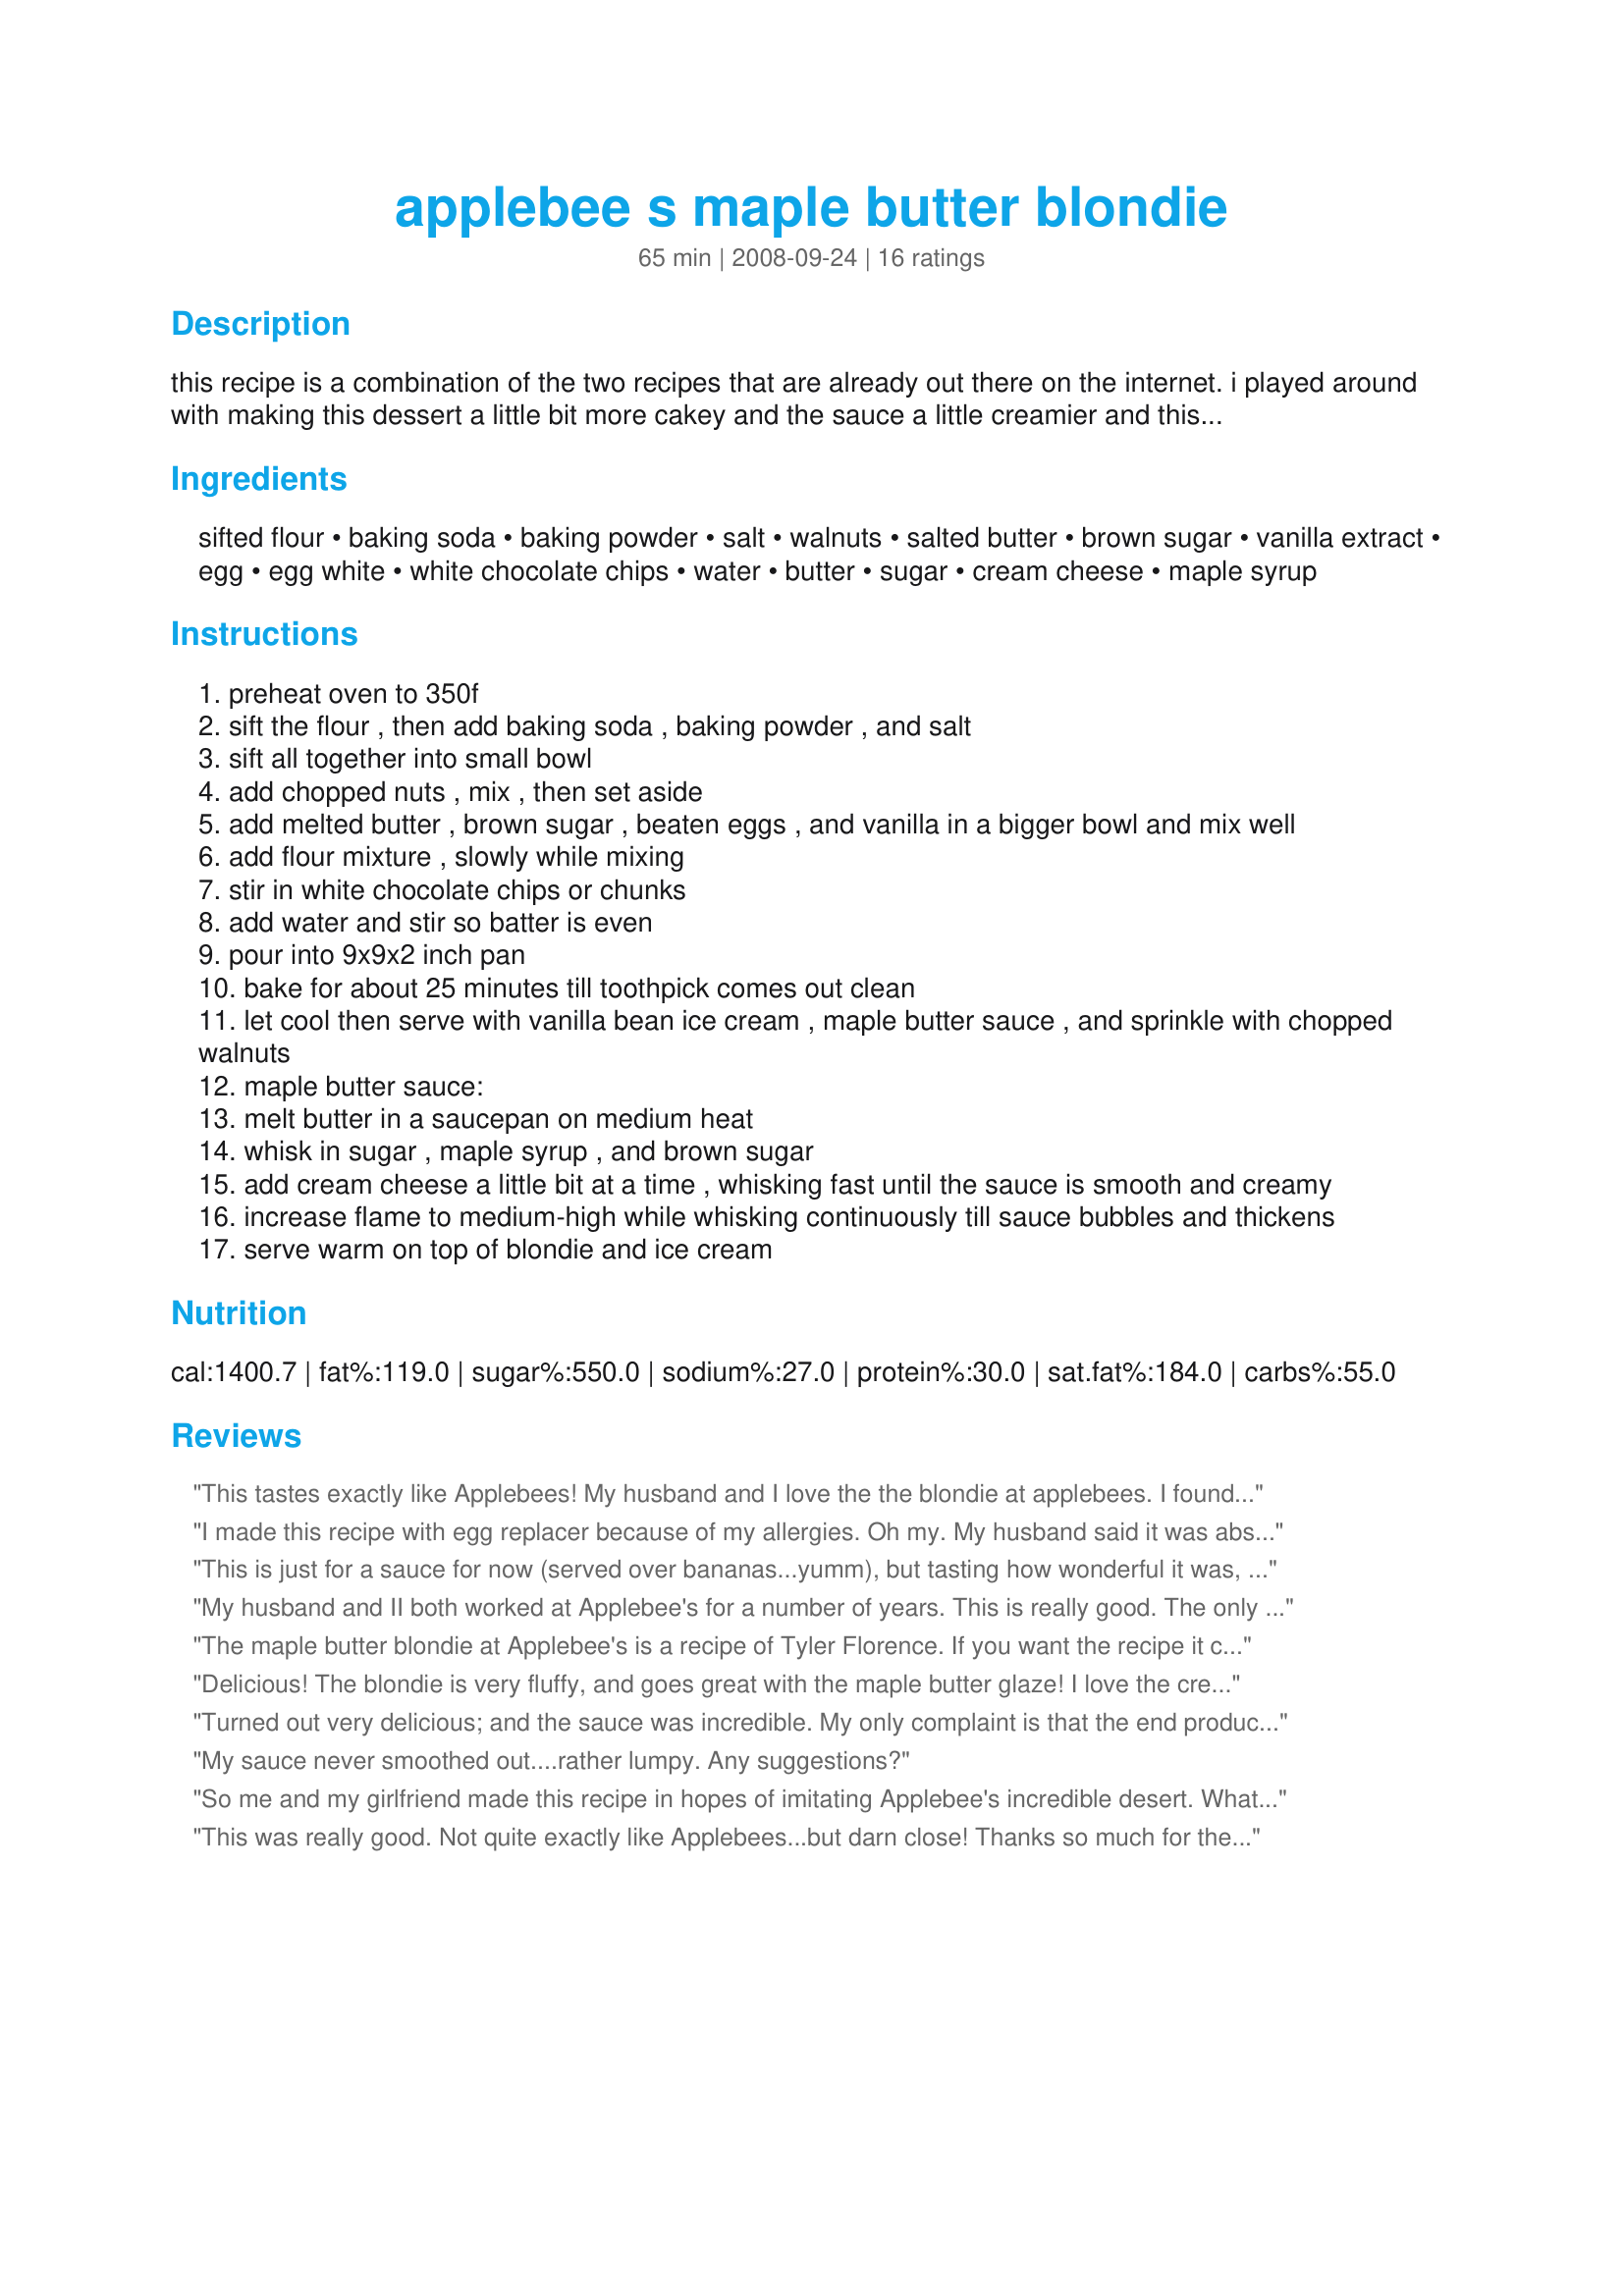
applebee s maple butter blondie
Preparation time: 65 minutes

this recipe is a combination of the two recipes that are already out there on the internet. i played around with making this dessert a little bit more cakey and the sauce a little creamier and this is what i created. (btw, i work at applebees so i am always around the dessert!)

Ingredients:
sifted flour, baking soda, baking powder, salt, walnuts, salted butter, brown sugar, vanilla extract, egg, egg white, white chocolate chips, water, butter, sugar, cream cheese, maple syrup

Steps:
preheat oven to 350f
sift the flour , then add baking soda , baking powder , and salt
sift all together into small bowl
add chopped nuts , mix , then set aside
add melted butter , brown sugar , beaten eggs , and vanilla in a bigger bowl and mix well
add flour mixture , slowly while mixing
stir in white chocolate chips or chunks
add water and stir so batter is even
pour into 9x9x2 inch pan
bake for about 25 minutes till toothpick comes out clean
let cool then serve with vanilla bean ice cream , maple butter sauce , and sprinkle with chopped walnuts
maple butter sauce:
melt butter in a saucepan on medium heat
whisk in sugar , maple syrup , and brown sugar
add cream cheese a little bit at a time , whisking fast until the sauce is smooth and creamy
increase flame to medium-high while whisking continuously till sauce bubbles and thickens
serve warm on top of blondie and ice cream

Reviews:
This tastes exactly like Applebees! My husband and I love the the blondie at applebees. I found this recipe and we have had it twice this week! My husband keeps telling me how much it tastes just like the real thing!:) I cannot say enough good things about this recipe. Perfect!!!!
I made this recipe with egg replacer because of my allergies. Oh my. My husband said it was absolutely addictive. I then had my daughter make it with the egg replacer for a school project (one of her group members is also allergic to eggs). She was getting &quot;mugged&quot; in the hallway by the other sixth graders for the leftovers. It was that good. I used what little sauce I had from both batches and topped an egg-free bundt cake with it. My husband liked that even better. Either way...Great recipe.
This is just for a sauce for now (served over bananas...yumm), but tasting how wonderful it was, it makes me excited to try the blondie part too!! I made a smaller amount (enough for one or two people), but mixing 2T butter, 1/4c sugar, 1/4c cream cheese, 1/2T brown sugar and a splash of maple syrup. I melted the butter in the microwave, mixed everything else in a microwaved it again. It was so yummy!!
My husband and II both worked at Applebee's for a number of years. This is really good. The only thing I did differently was add about 1/4 white chocolate in the sauce and mixed until they melted. :)
The maple butter blondie at Applebee's is a recipe of Tyler Florence. If you want the recipe it can be found on foodnetwork.com.
Delicious! The blondie is very fluffy, and goes great with the maple butter glaze! I love the cream cheese in this recipe. In my opinion this is better than the Applebee's blondie, and much cheaper.
Turned out very delicious; and the sauce was incredible. My only complaint is that the end product was very cakey and less like a brownie. Maybe cutting back on the baking soda or baking powder would help with this if the recipe is ever revised.
My sauce never smoothed out....rather lumpy. Any suggestions?
So me and my girlfriend made this recipe in hopes of imitating Applebee's incredible desert. What can i say? Delicious!!! This recipe is almost an identical match to Applebee's. We would definitely recommend this recipe to anyone. =)
This was really good. Not quite exactly like Applebees...but darn close! Thanks so much for the recipe!
Great. Wife had seconds.
I am a big fan of this dish and also a chef. I have tried many versions of the recipe and this one has been the most spot on to Applebee's I have found. I had no trouble with the brownie or sauce portions and everything came out smooth and just right on textures.
Sorry, I wasn't a fan. I prefer the other online copycat recipes for this one. The blondie was too cakey in this recipe, and the cream cheese made the sauce taste funny.
I&#039;ve missed this since I don&#039;t even have one in the city I live, this came out great! A cakey brownie the sauce was right on point! Thank you for this recipe!
Family went nuts over this. Hubby says tastes very similar to Applebee's = )
I love that desert Blondie from Applebee's. And I'm goin to try it, and I let ya know how it came out..ty
